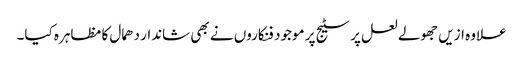
علاوہ ازیں جھولے لعل پر سٹیج پر موجود فنکاروں نے بھی شاندار دھمال کا مظاہرہ کیا۔